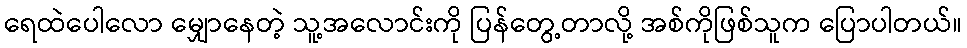
ရေထဲပေါလော မျှောနေတဲ့ သူ့အလောင်းကို ပြန်တွေ့တာလို့ အစ်ကိုဖြစ်သူက ပြောပါတယ်။